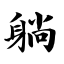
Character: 躺